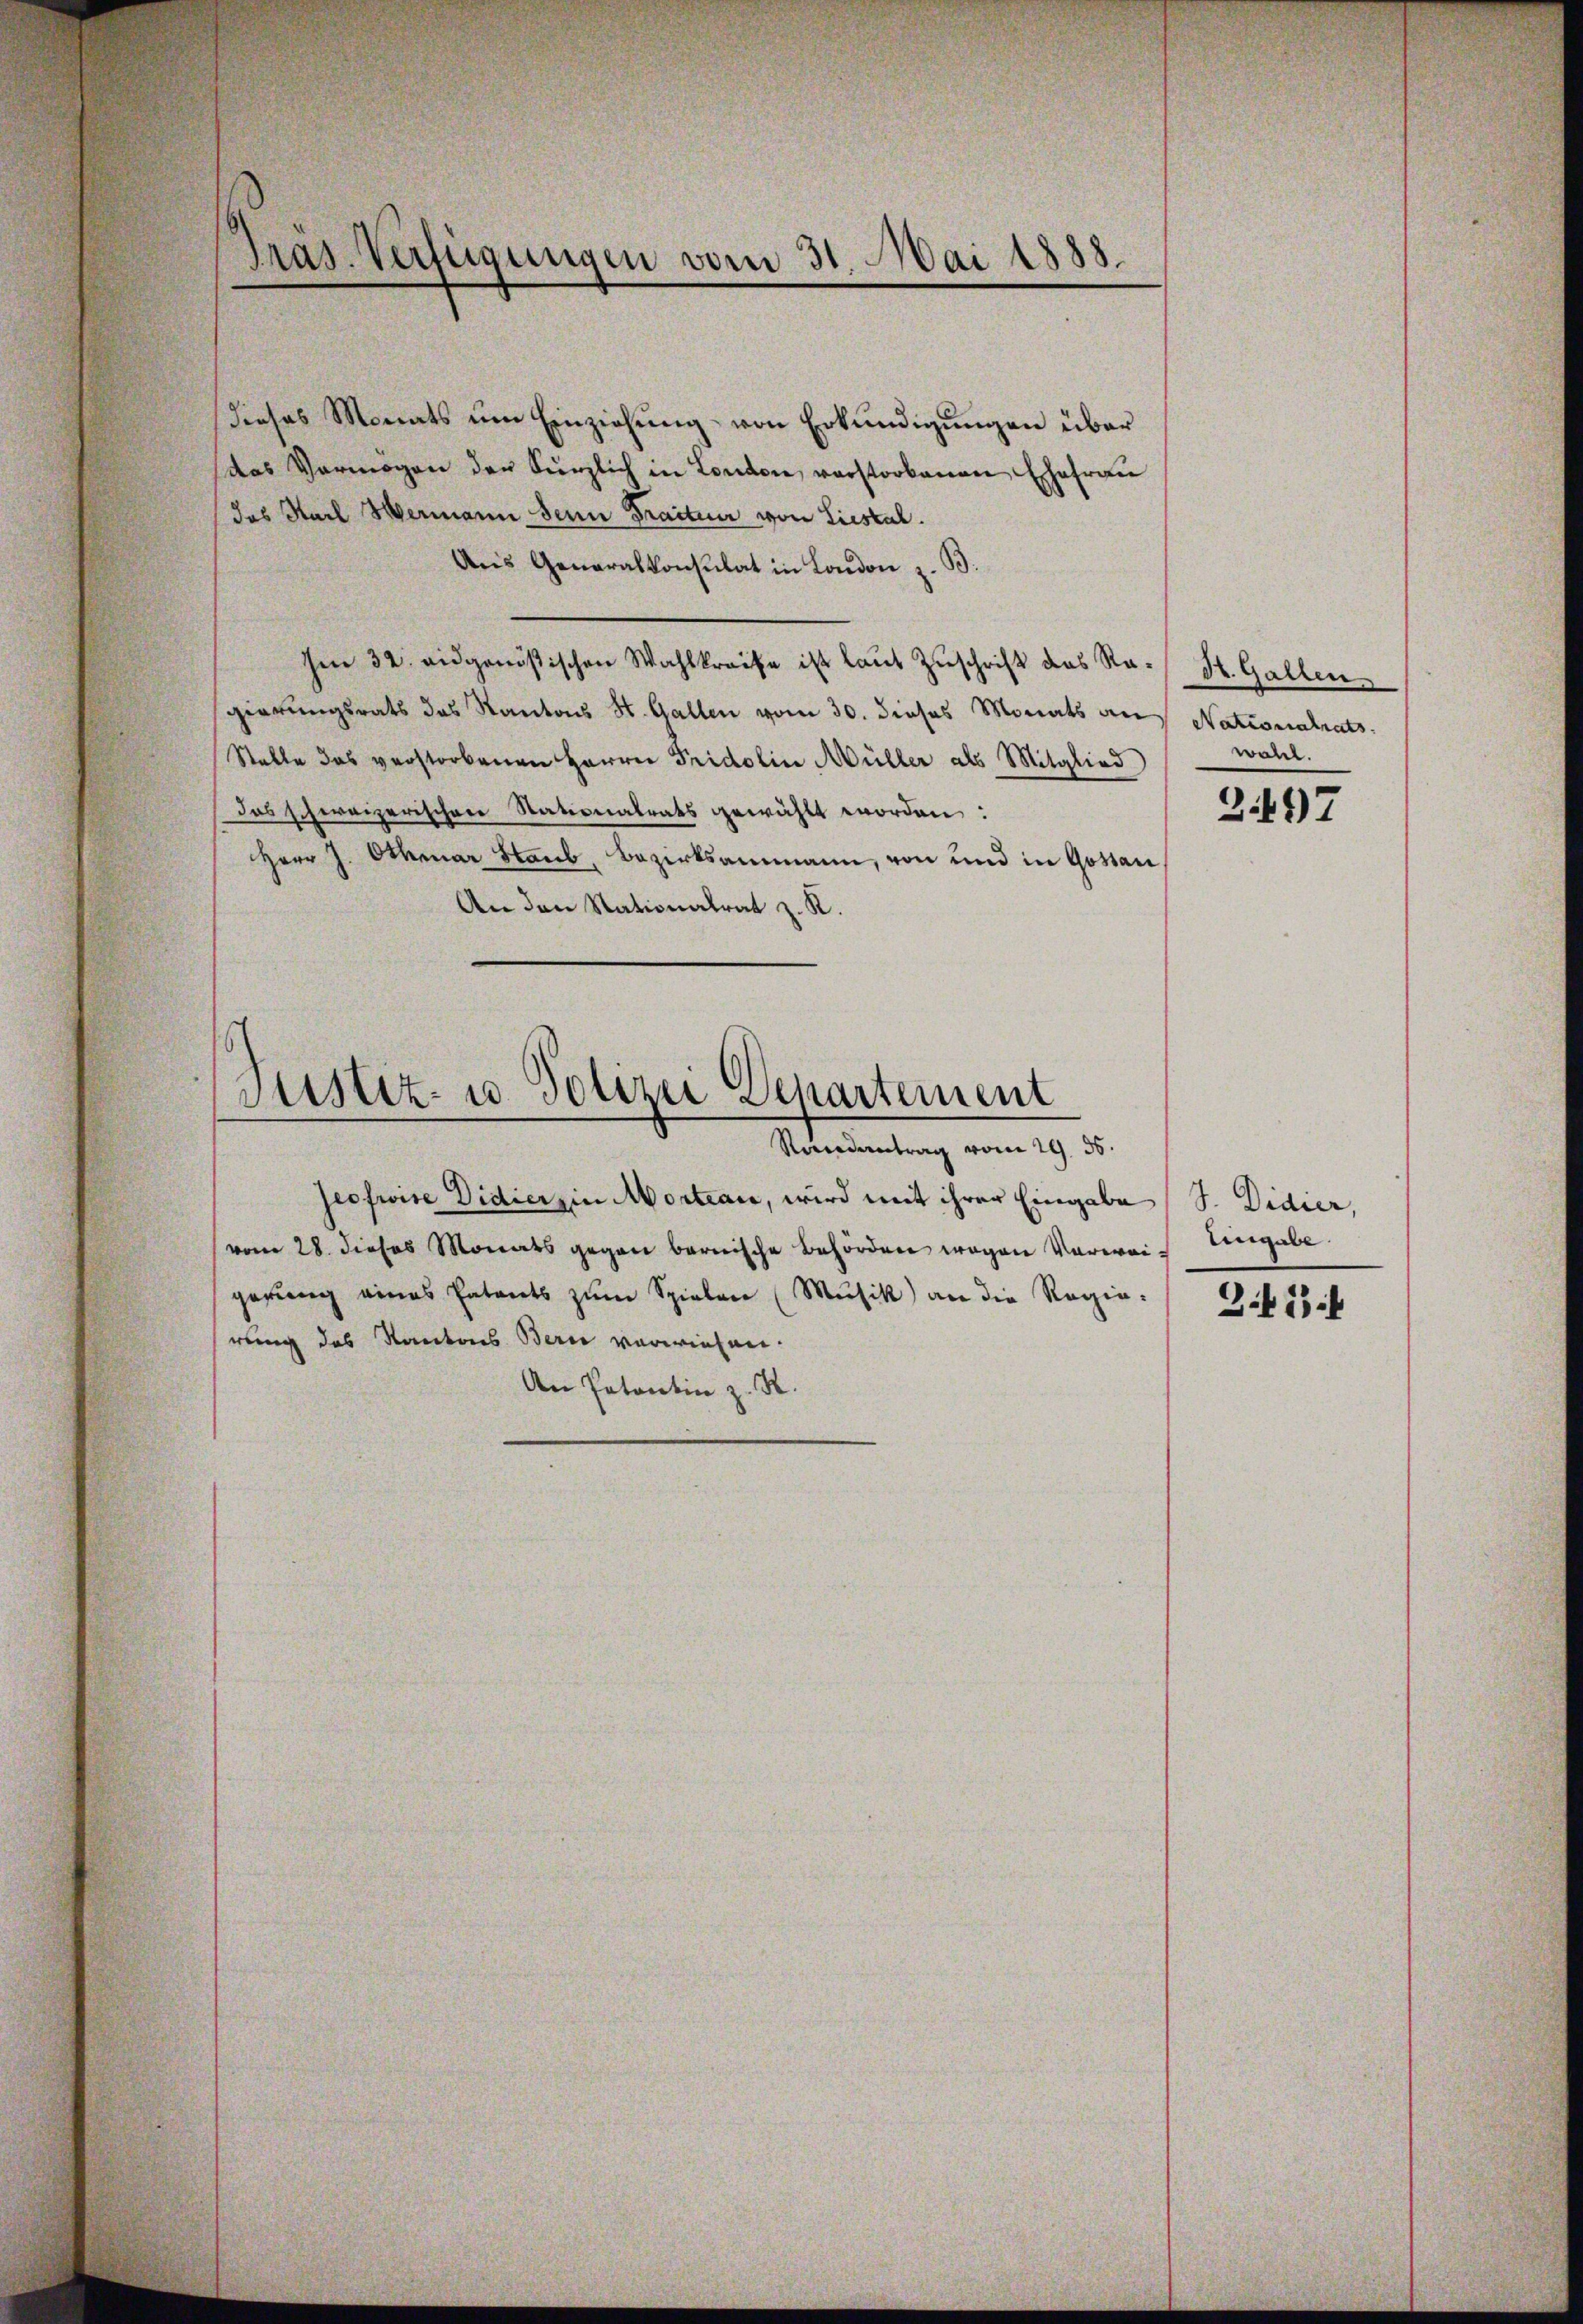
Pras. Verfügungen vom 31. Mai 1888.

Dieses Monats um Einziehung von Erkundigungen über
das Vermögen der Künzlich in London, verstorbenen Ehefrau
das Karl Hermann sein Tractur von Liestal.
Aus Generalkonsulat in London z. B.
Ien 32. eidgenößischen Wahlkreise ist laut Zuschrift des Ragierungsrats des Kantons St. Gallen vom 30. dieses Monats aus Nationalrats
Stelle das verstorbenen Herrn Fridolin Müller als Mitglied
Das schweizerischen Stationalrats gewählt worden:
Herr J. Othmar Staub, Bezirksammann, von und in Gostan
An den Nationalrat z. K.
Justiz- u. Polizei Departement
Rondantrag vom 29. 56.
Jeofwise Didierzin Morteau, wird mit ihrer Eingabe (S. Didier,
vom 28. dieses Monats gegen bernische Behörden wegen Vorwei- Eingabe.
gerung eines Patents zŭm Spielen (Musik) an die Regie-
rung des Kantons Bern verwiesen.
An Patentin z. R.

St. Gallen
war.

3.497

S.43